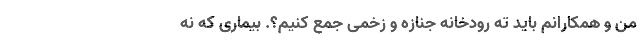
من و همکارانم باید ته رودخانه جنازه و زخمی جمع کنیم؟. بیماری که نه